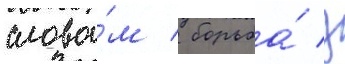
слова́м / борьба́ з